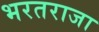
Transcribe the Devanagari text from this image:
भरतराजा